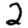
Digit: 2